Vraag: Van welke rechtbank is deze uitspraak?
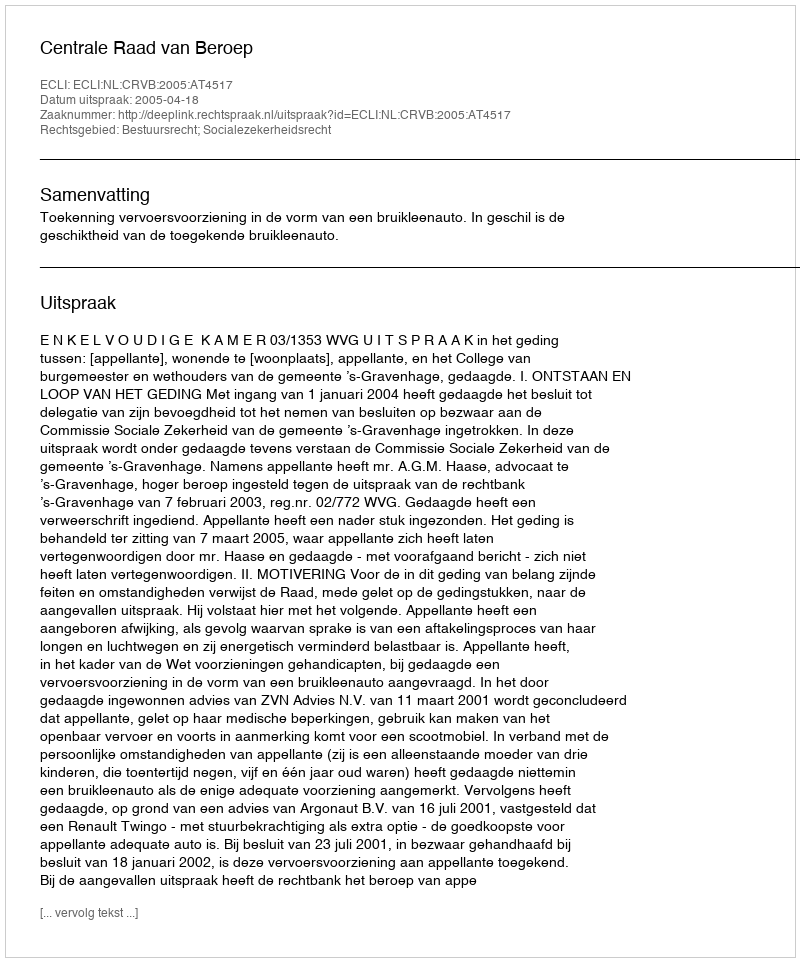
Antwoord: Centrale Raad van Beroep